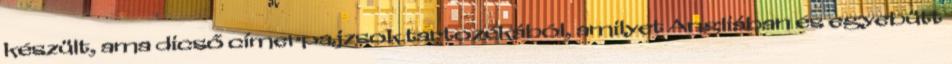
készült, ama dicső címerpajzsok tartozékából, amilyet Angliában és egyebütt